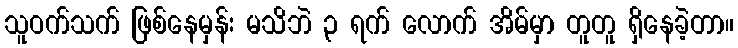
သူဝက်သက် ဖြစ်နေမှန်း မသိဘဲ ၃ ရက် လောက် အိမ်မှာ တူတူ ရှိနေခဲ့တာ။